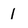
Character: 1